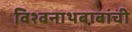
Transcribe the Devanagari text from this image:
विश्वनाथबाबांची